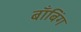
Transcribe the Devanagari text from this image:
बाँबिंग